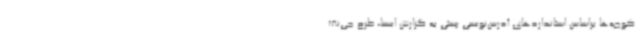
کوچه‌ها براساس استانداردهای آدرس‌نویسی پستی به گزارش ایسنا، طرح جی‌نف